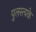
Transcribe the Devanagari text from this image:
पुलस्त्यके